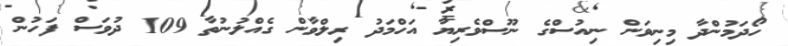
ހޯދަމުންދާ މިނިވަން ނިއުސްގެ ނޫސްވެރިޔާ އަހްމަދު ރިލްވާން ގެއްލުނުތާ 109 ދުވަސް ފަހުން